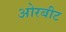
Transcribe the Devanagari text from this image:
ओरबीट